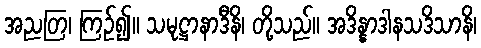
အညတြ၊ ကြဉ်၍။ သမုဋ္ဌာနာဒီနိ၊ တို့သည်။ အဒိန္နာဒါနသဒိသာနိ၊